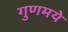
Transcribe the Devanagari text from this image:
गुणमये